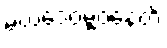
မဃဒေဝမ္ဗဝနေတိ